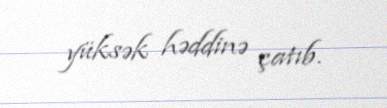
yüksək həddinə çatıb.